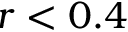
r < 0 . 4